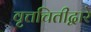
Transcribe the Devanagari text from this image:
वृत्तचितीद्वारे